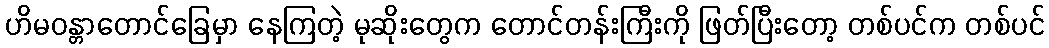
ဟိမဝန္တာတောင်ခြေမှာ နေကြတဲ့ မုဆိုးတွေက တောင်တန်းကြီးကို ဖြတ်ပြီးတော့ တစ်ပင်က တစ်ပင်